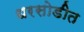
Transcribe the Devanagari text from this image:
धरसोडीत